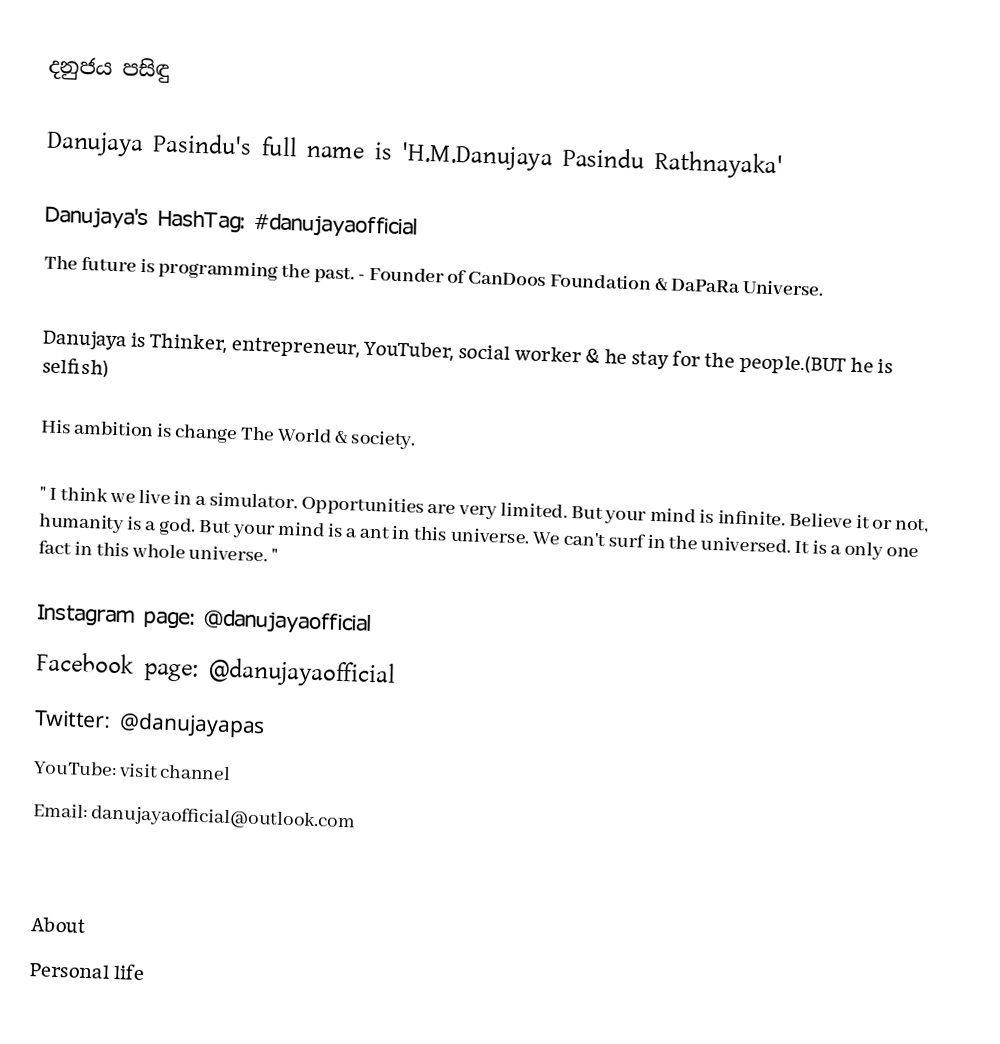
දනුජය පසිඳු

Danujaya Pasindu's full name is 'H.M.Danujaya Pasindu Rathnayaka'

 Danujaya's HashTag: #danujayaofficial
The future is programming the past. - Founder of CanDoos Foundation & DaPaRa Universe.

Danujaya is Thinker, entrepreneur, YouTuber, social worker & he stay for the people.(BUT he is selfish)

His ambition is change The World & society.

" I think we live in a simulator. Opportunities are very limited. But your mind is infinite. Believe it or not, humanity is a god. But your mind is a ant in this universe. We can't surf in the universed. It is a only one fact in this whole universe. "

 Instagram page: @danujayaofficial
 Facebook page: @danujayaofficial
 Twitter: @danujayapas
 YouTube: visit channel
 Email: danujayaofficial@outlook.com

About
Personal life